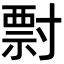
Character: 𡬽